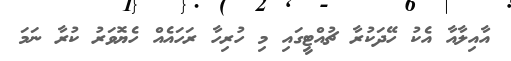
އާއިލާއާ އެކު ހޭދަކުރާ ޗުއްޓީގައި މި ހުރިހާ ރަހައެއް ހެޔޮވަރު ކުރާ ނަމަ